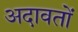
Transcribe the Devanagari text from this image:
अदावतों